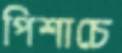
পিশাচে